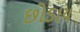
છોડાય